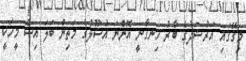
މިގޭގައި އަރުޝަދުގެ ބާރު ހިނގާނީ އޮންނަ އުސޫލުގެ މަތިން ބަލަ އިސް މީހަކީ